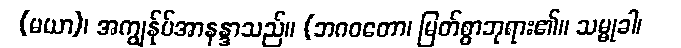
(မယာ)၊ အကျွန်ုပ်အာနန္ဒာသည်။ (ဘဂဝတော၊ မြတ်စွာဘုရား၏။ သမ္မုခါ၊